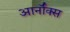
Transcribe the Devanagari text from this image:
आर्नॉक्स